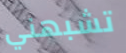
تشبهني